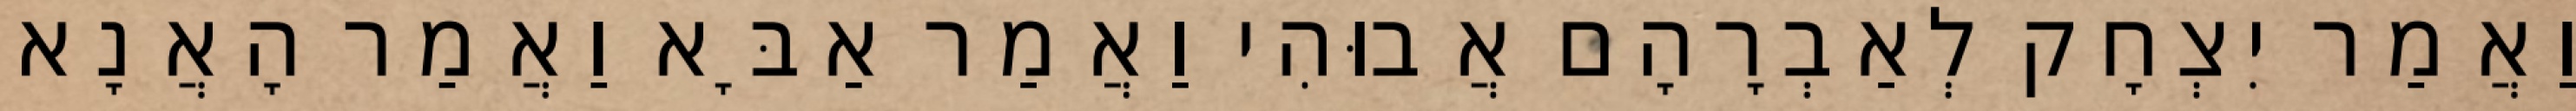
וַאֲמַר יִצְחָק לְאַבְרָהָם אֲבוּהִי וַאֲמַר אַבָּא וַאֲמַר הָאֲנָא